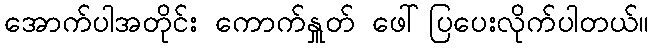
အောက်ပါအတိုင်း ကောက်နှူတ် ဖေါ်ပြပေးလိုက်ပါတယ်။